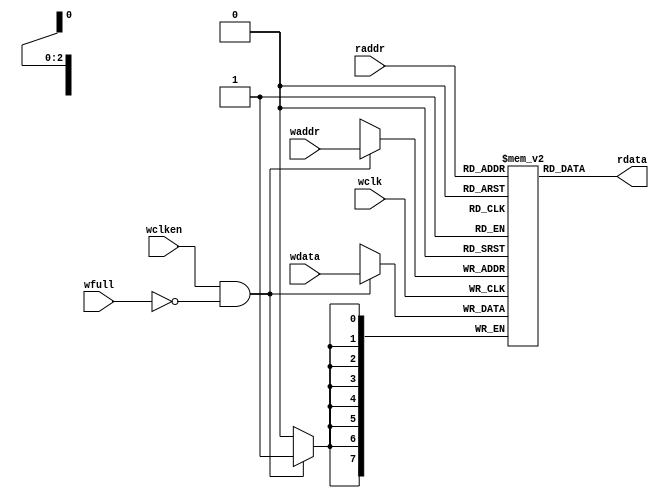
module fifo_mem #(parameter DATASIZE = 8, 
		 parameter ADDRSIZE = 3) 
  (output [DATASIZE-1:0] rdata,
   input [DATASIZE-1:0] wdata,
   input [ADDRSIZE-1:0] waddr, raddr,
   input wclken, wfull, wclk);
   localparam DEPTH = 1<<ADDRSIZE;
   reg [DATASIZE-1:0] mem [0:DEPTH-1];
   assign rdata = mem[raddr];
   always @(posedge wclk)
     if (wclken && !wfull) mem[waddr] <= wdata;
endmodule